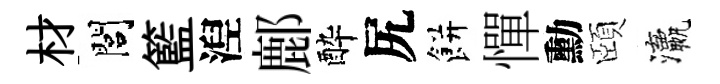
材閭籃湼鄜酔尻餅憚勳頤瀛